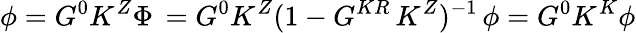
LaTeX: \phi=G^{0}K^{Z}\Phi\, =G^{0}K^{Z}(1-G^{KR}\, K^{Z})^{-1}\, \phi=G^{0}K^{K}\phi